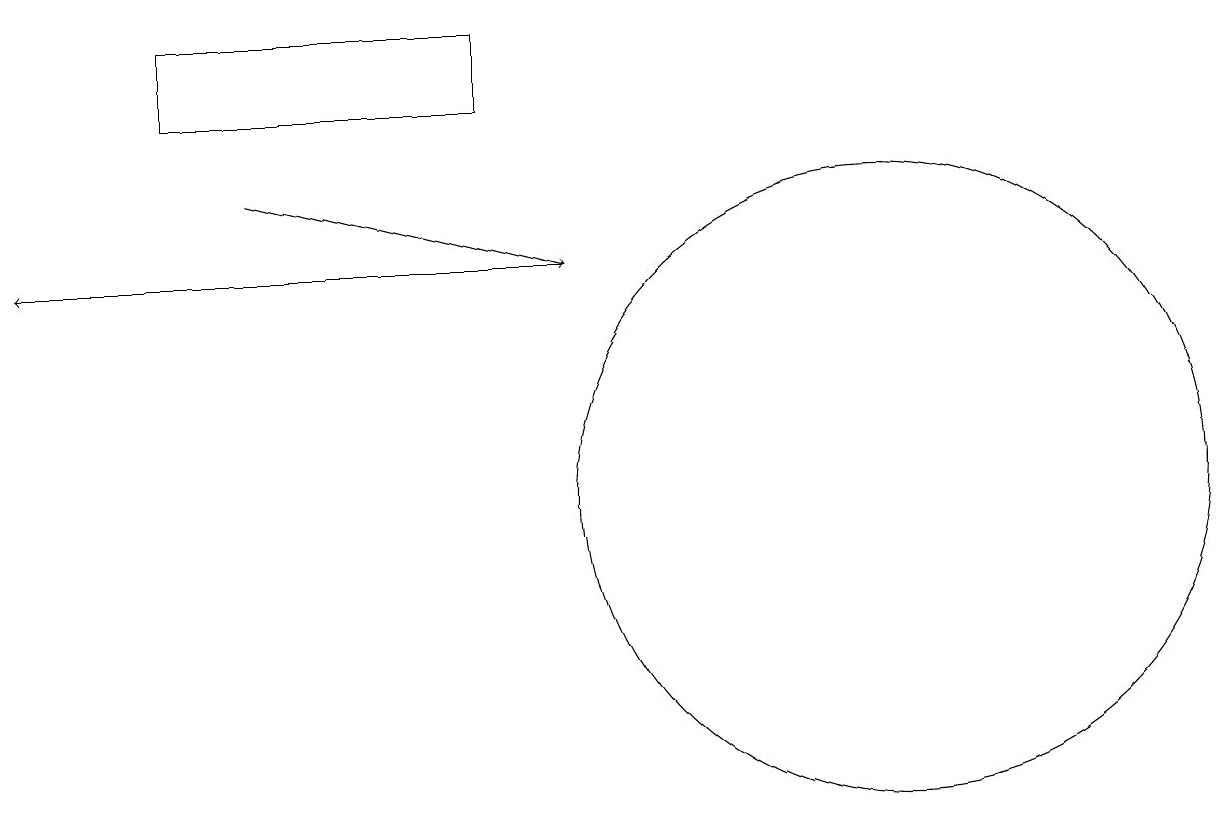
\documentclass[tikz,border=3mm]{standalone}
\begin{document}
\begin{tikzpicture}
\draw[->] (3,14) -- (7,13);
\draw[->] (7,13) -- (0,13);
\draw (11,10) circle (4);
\draw (2,16) rectangle (6,15);
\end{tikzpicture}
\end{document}